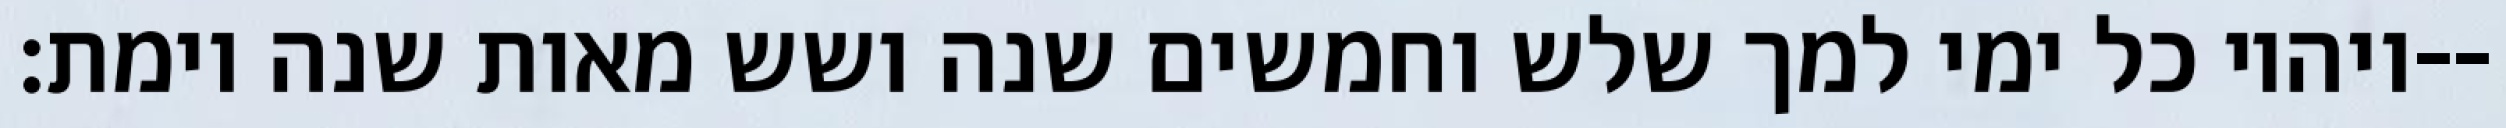
ויהיו כל ימי למך שלש וחמשים שנה ושש מאות שנה וימת׃--